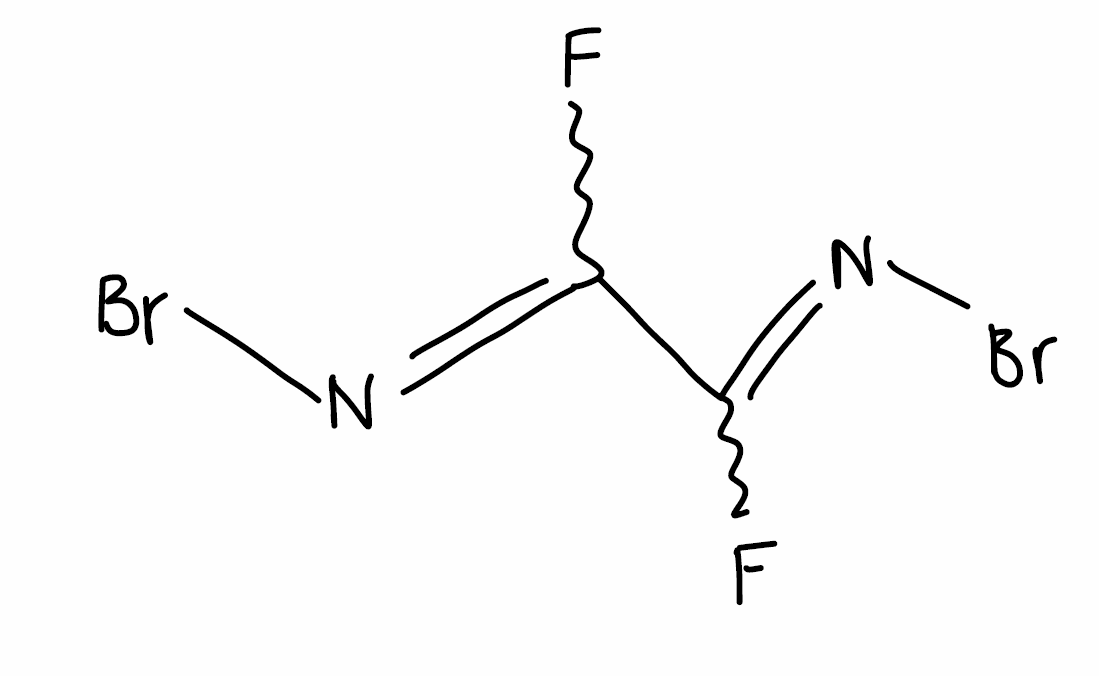
Simplified molecular-input line-entry system (SMILES) notation of the given molecule:
C(=NBr)(C(=NBr)F)F